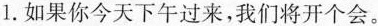
1.如果你今天下午过来，我们将开个会。